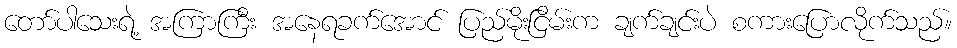
တော်ပါသေးရဲ့ အကြာကြီး အနေရခက်အောင် ပြည်မိုးငြိမ်းက ချက်ချင်းပဲ စကားပြောလိုက်သည်။